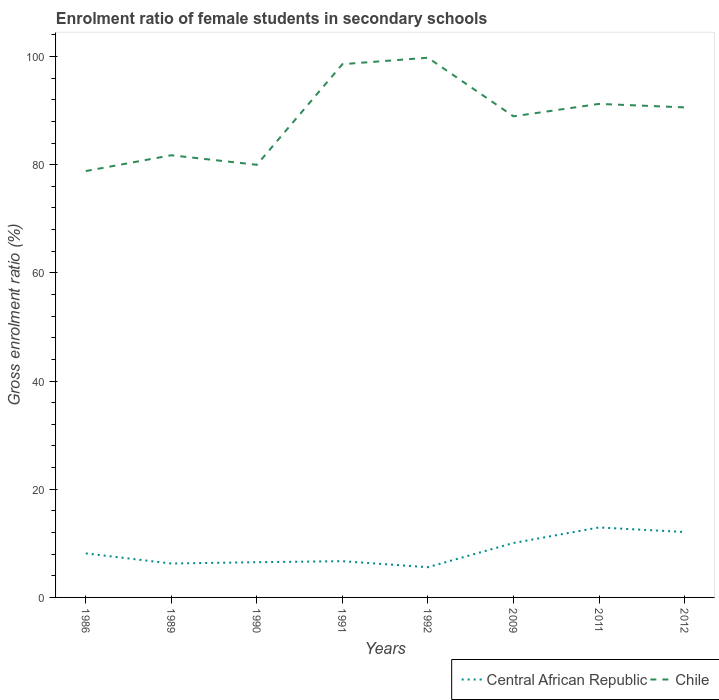
| Years | Central African Republic | Chile |
 | --- | --- | --- |
 | 1986 | 8.14 | 78.8 |
 | 1989 | 6.27 | 81.7 |
 | 1990 | 6.51 | 80 |
 | 1991 | 6.7 | 98.6 |
 | 1992 | 5.59 | 99.8 |
 | 2009 | 10.1 | 88.9 |
 | 2011 | 12.9 | 91.2 |
 | 2012 | 12.1 | 90.6 |